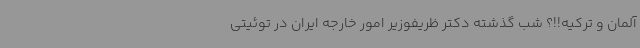
آلمان و ترکیه!!؟ شب گذشته دکتر ظریفوزیر امور خارجه ایران در توئیتی